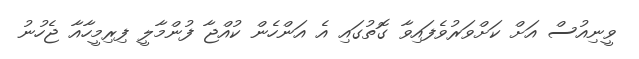
ވީނިއުސް އަށް ކަށްވަރުވެފައިވާ ގޮތުގައި އެ އަންހެން ކުއްޖާ ފުންމާލީ ފިރިމީހާއާ ޖެހުނު